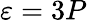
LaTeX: \varepsilon=3P